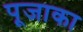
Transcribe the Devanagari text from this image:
पूजाका